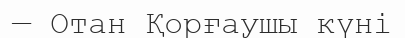
— Отан Қорғаушы күні